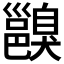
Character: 𨞑